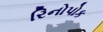
રિનોપોક